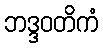
ဘဒ္ဒဝတိကံ